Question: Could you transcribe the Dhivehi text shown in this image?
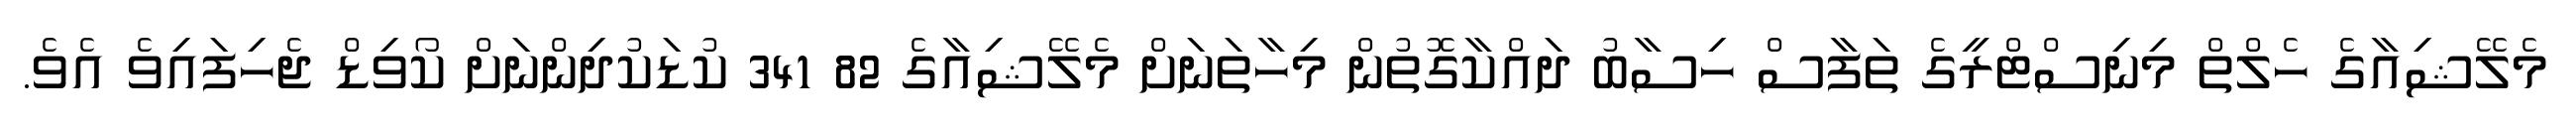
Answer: މެލޭޝިއާގެ ހެލްތް މިނިސްޓްރީގެ ތަފާސް ހިސާބު ދައްކާގޮތުން މިހާތަނަށް މެލޭޝިއާގެ 82 341 ކުޑަކުދިންނަށް ކޯވިޑް ޖެހިފައިވެ އެވެ.